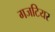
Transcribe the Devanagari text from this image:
गजटियर